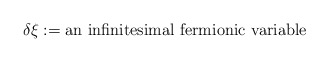
\begin{align*}\delta \xi := \mbox{an infinitesimal fermionic variable}\end{align*}